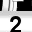
Digit: 2